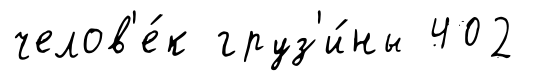
челов'е́к груз'и́ны 402